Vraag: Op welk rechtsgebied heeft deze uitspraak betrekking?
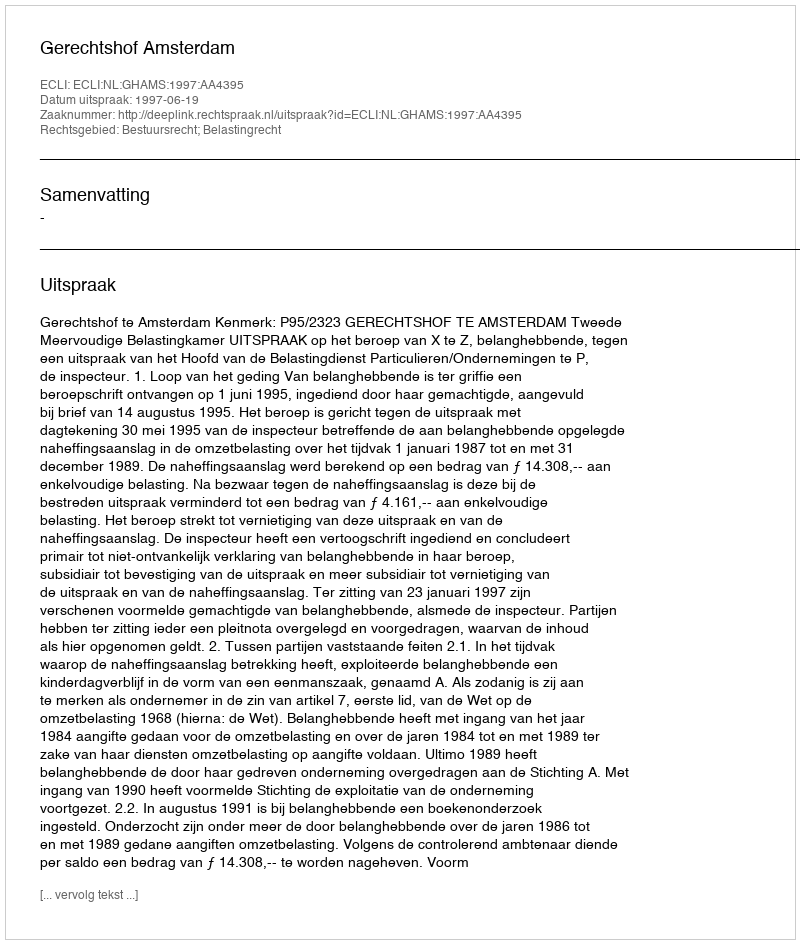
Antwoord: Bestuursrecht; Belastingrecht